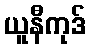
ယူနီကုဒ်